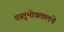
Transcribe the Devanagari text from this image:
वस्तूभोवतालचे